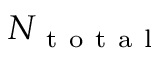
N _ { \mathrm { ~ t ~ o ~ t ~ a ~ l ~ } }